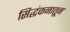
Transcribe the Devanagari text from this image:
सिद्धंकनातून